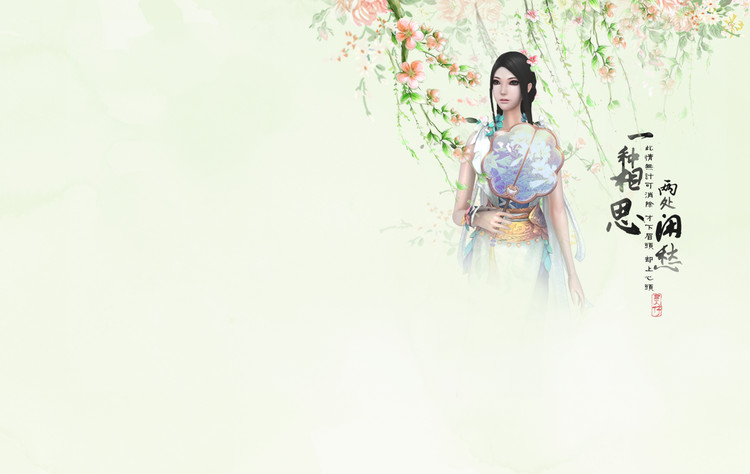
旧相思偏供闲昼。